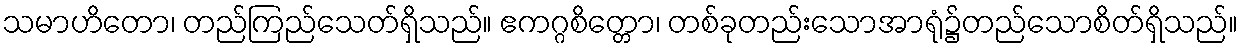
သမာဟိတော၊ တည်ကြည်သေတ်ရှိသည်။ ဧကဂ္ဂစိတ္တော၊ တစ်ခုတည်းသောအာရုံ၌တည်သောစိတ်ရှိသည်။